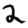
Digit: 2